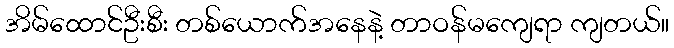
အိမ်ထောင်ဦးစီး တစ်ယောက်အနေနဲ့ တာဝန်မကျေရာ ကျတယ်။